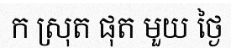
ក ស្រុត ផុត មួយ ថ្ងៃ